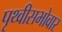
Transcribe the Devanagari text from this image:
पृथ्वीसभोवार